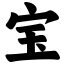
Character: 宝